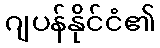
ဂျပန်နိုင်ငံ၏